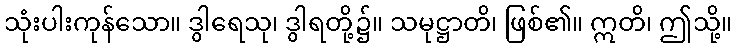
သုံးပါးကုန်သော။ ဒွါရေသု၊ ဒွါရတို့၌။ သမုဋ္ဌာတိ၊ ဖြစ်၏။ ဣတိ၊ ဤသို့။